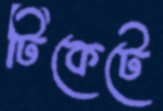
টিকেটে